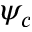
\psi _ { c }